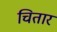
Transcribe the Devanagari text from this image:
चितार